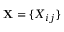
\mathbf { X } = \{ X _ { i j } \}